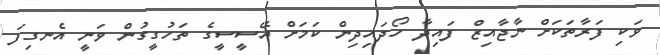
ވަކި ފަރާތަކަށް ނާޖާއިޒް ފައިދާ ހޯދައިދިން ކަމަށް އޭސީސީގެ ތަހުގީގުން ވަނީ އެނގިފަ